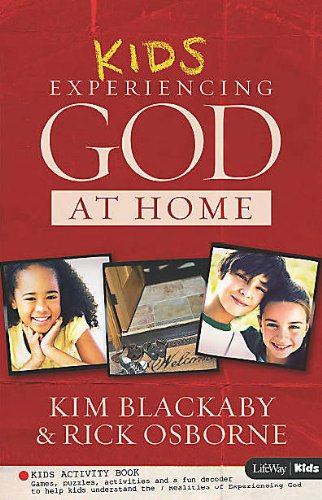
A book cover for Experiencing God at Home - Kids' Edition (Kids' Activity Book); Kim Blackaby; Christian Books & Bibles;